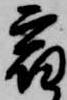
宿